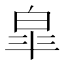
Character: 皐